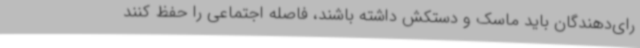
رای‌دهندگان باید ماسک و دستکش داشته باشند، فاصله اجتماعی را حفظ کنند